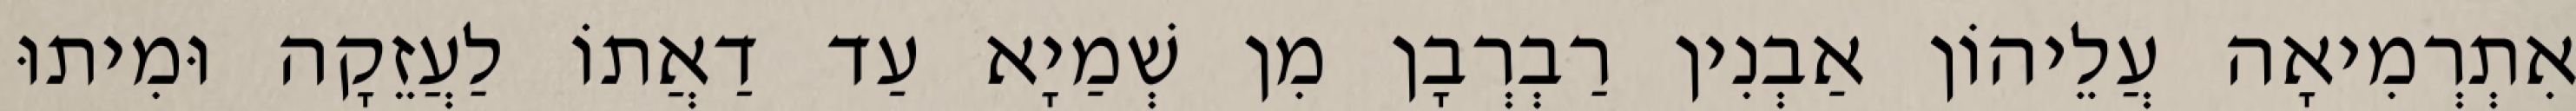
אִתְרְמִיאָה עֲלֵיהוֹן אַבְנִין רַבְרְבָן מִן שְׁמַיָא עַד דַאֲתוֹ לַעֲזֵקָה וּמִיתוּ